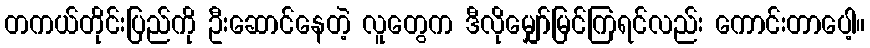
တကယ်တိုင်းပြည်ကို ဦးဆောင်နေတဲ့ လူတွေက ဒီလိုမျှော်မြင်ကြရင်လည်း ကောင်းတာပေါ့။